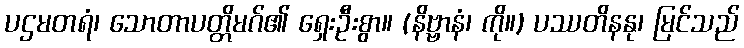
ပဌမတရံ၊ သောတာပတ္တိမဂ်၏ ရှေးဦးစွာ။ (နိဗ္ဗာနံ၊ ကို။) ပဿတိနနု၊ မြင်သည်